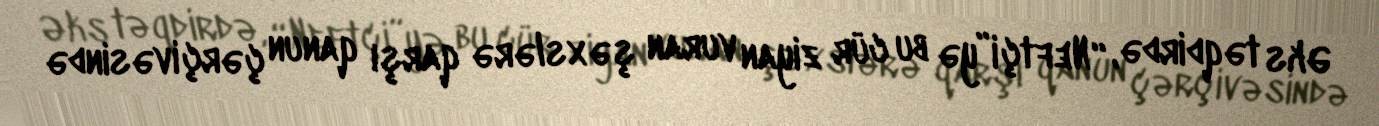
Əks təqdirdə, “Neftçi”yə bu cür ziyan vuran şəxslərə qarşı qanun çərçivəsində